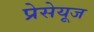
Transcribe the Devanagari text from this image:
प्रेसेयूज